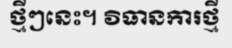
ថ្មីៗនេះ។ វិធានការថ្មី